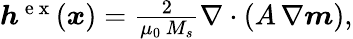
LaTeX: \begin{array}{r}{\boldsymbol{h}^{\mathrm{~e~x~}}(\boldsymbol{x})=\frac{2}{\mu_{0}\, M_{s}}\nabla\cdot\left(A\, \nabla\boldsymbol{m}\right),}\end{array}